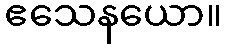
ဧသေနယော။